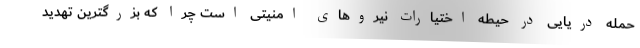
حمله دریایی در حیطه اختیارات نیروهای امنیتی است چرا که بزرگترین تهدید